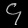
Digit: ၄